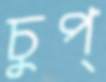
চুপ্